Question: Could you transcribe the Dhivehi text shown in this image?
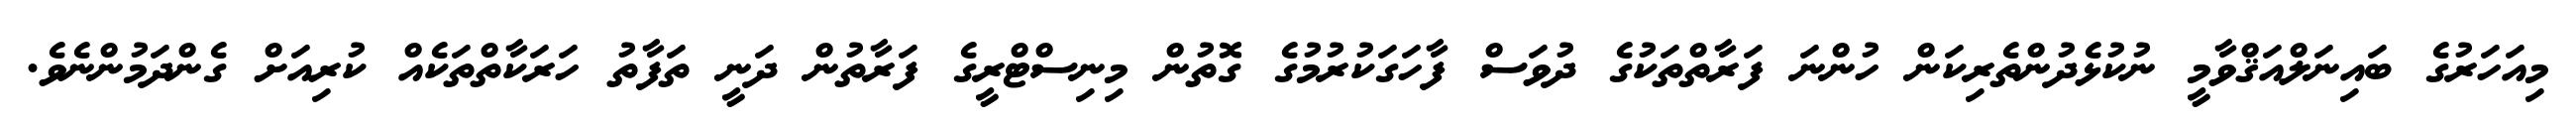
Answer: މިއަހަރުގެ ބައިނަލްއަޤްވާމީ ނުކުޅެދުންތެރިކަން ހުންނަ ފަރާތްތަކުގެ ދުވަސް ފާހަގަކުރުމުގެ ގޮތުން މިނިސްޓްރީގެ ފަރާތުން ދަނީ ތަފާތު ހަރަކާތްތަކެއް ކުރިއަށް ގެންދަމުންނެވެ.